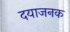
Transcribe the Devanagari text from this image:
दयाजनक